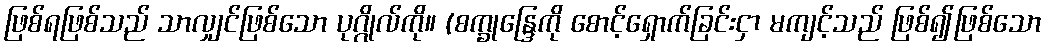
ဖြစ်ရဖြစ်သည် သာလျှင်ဖြစ်သော ပုဂ္ဂိုလ်ကို။ (စက္ခုန္ဒြေကို စောင့်ရှောက်ခြင်းငှာ မကျင့်သည် ဖြစ်၍ဖြစ်သော